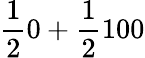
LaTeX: {\frac{1}{2}}0+{\frac{1}{2}}100